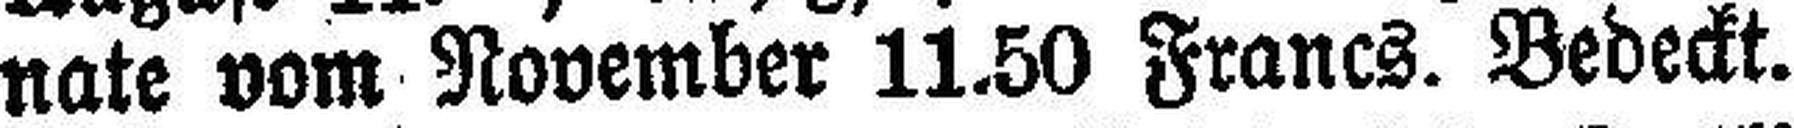
nate vom November 11.50 Francs. Bedeckt.